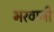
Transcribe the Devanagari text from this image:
भरवानी